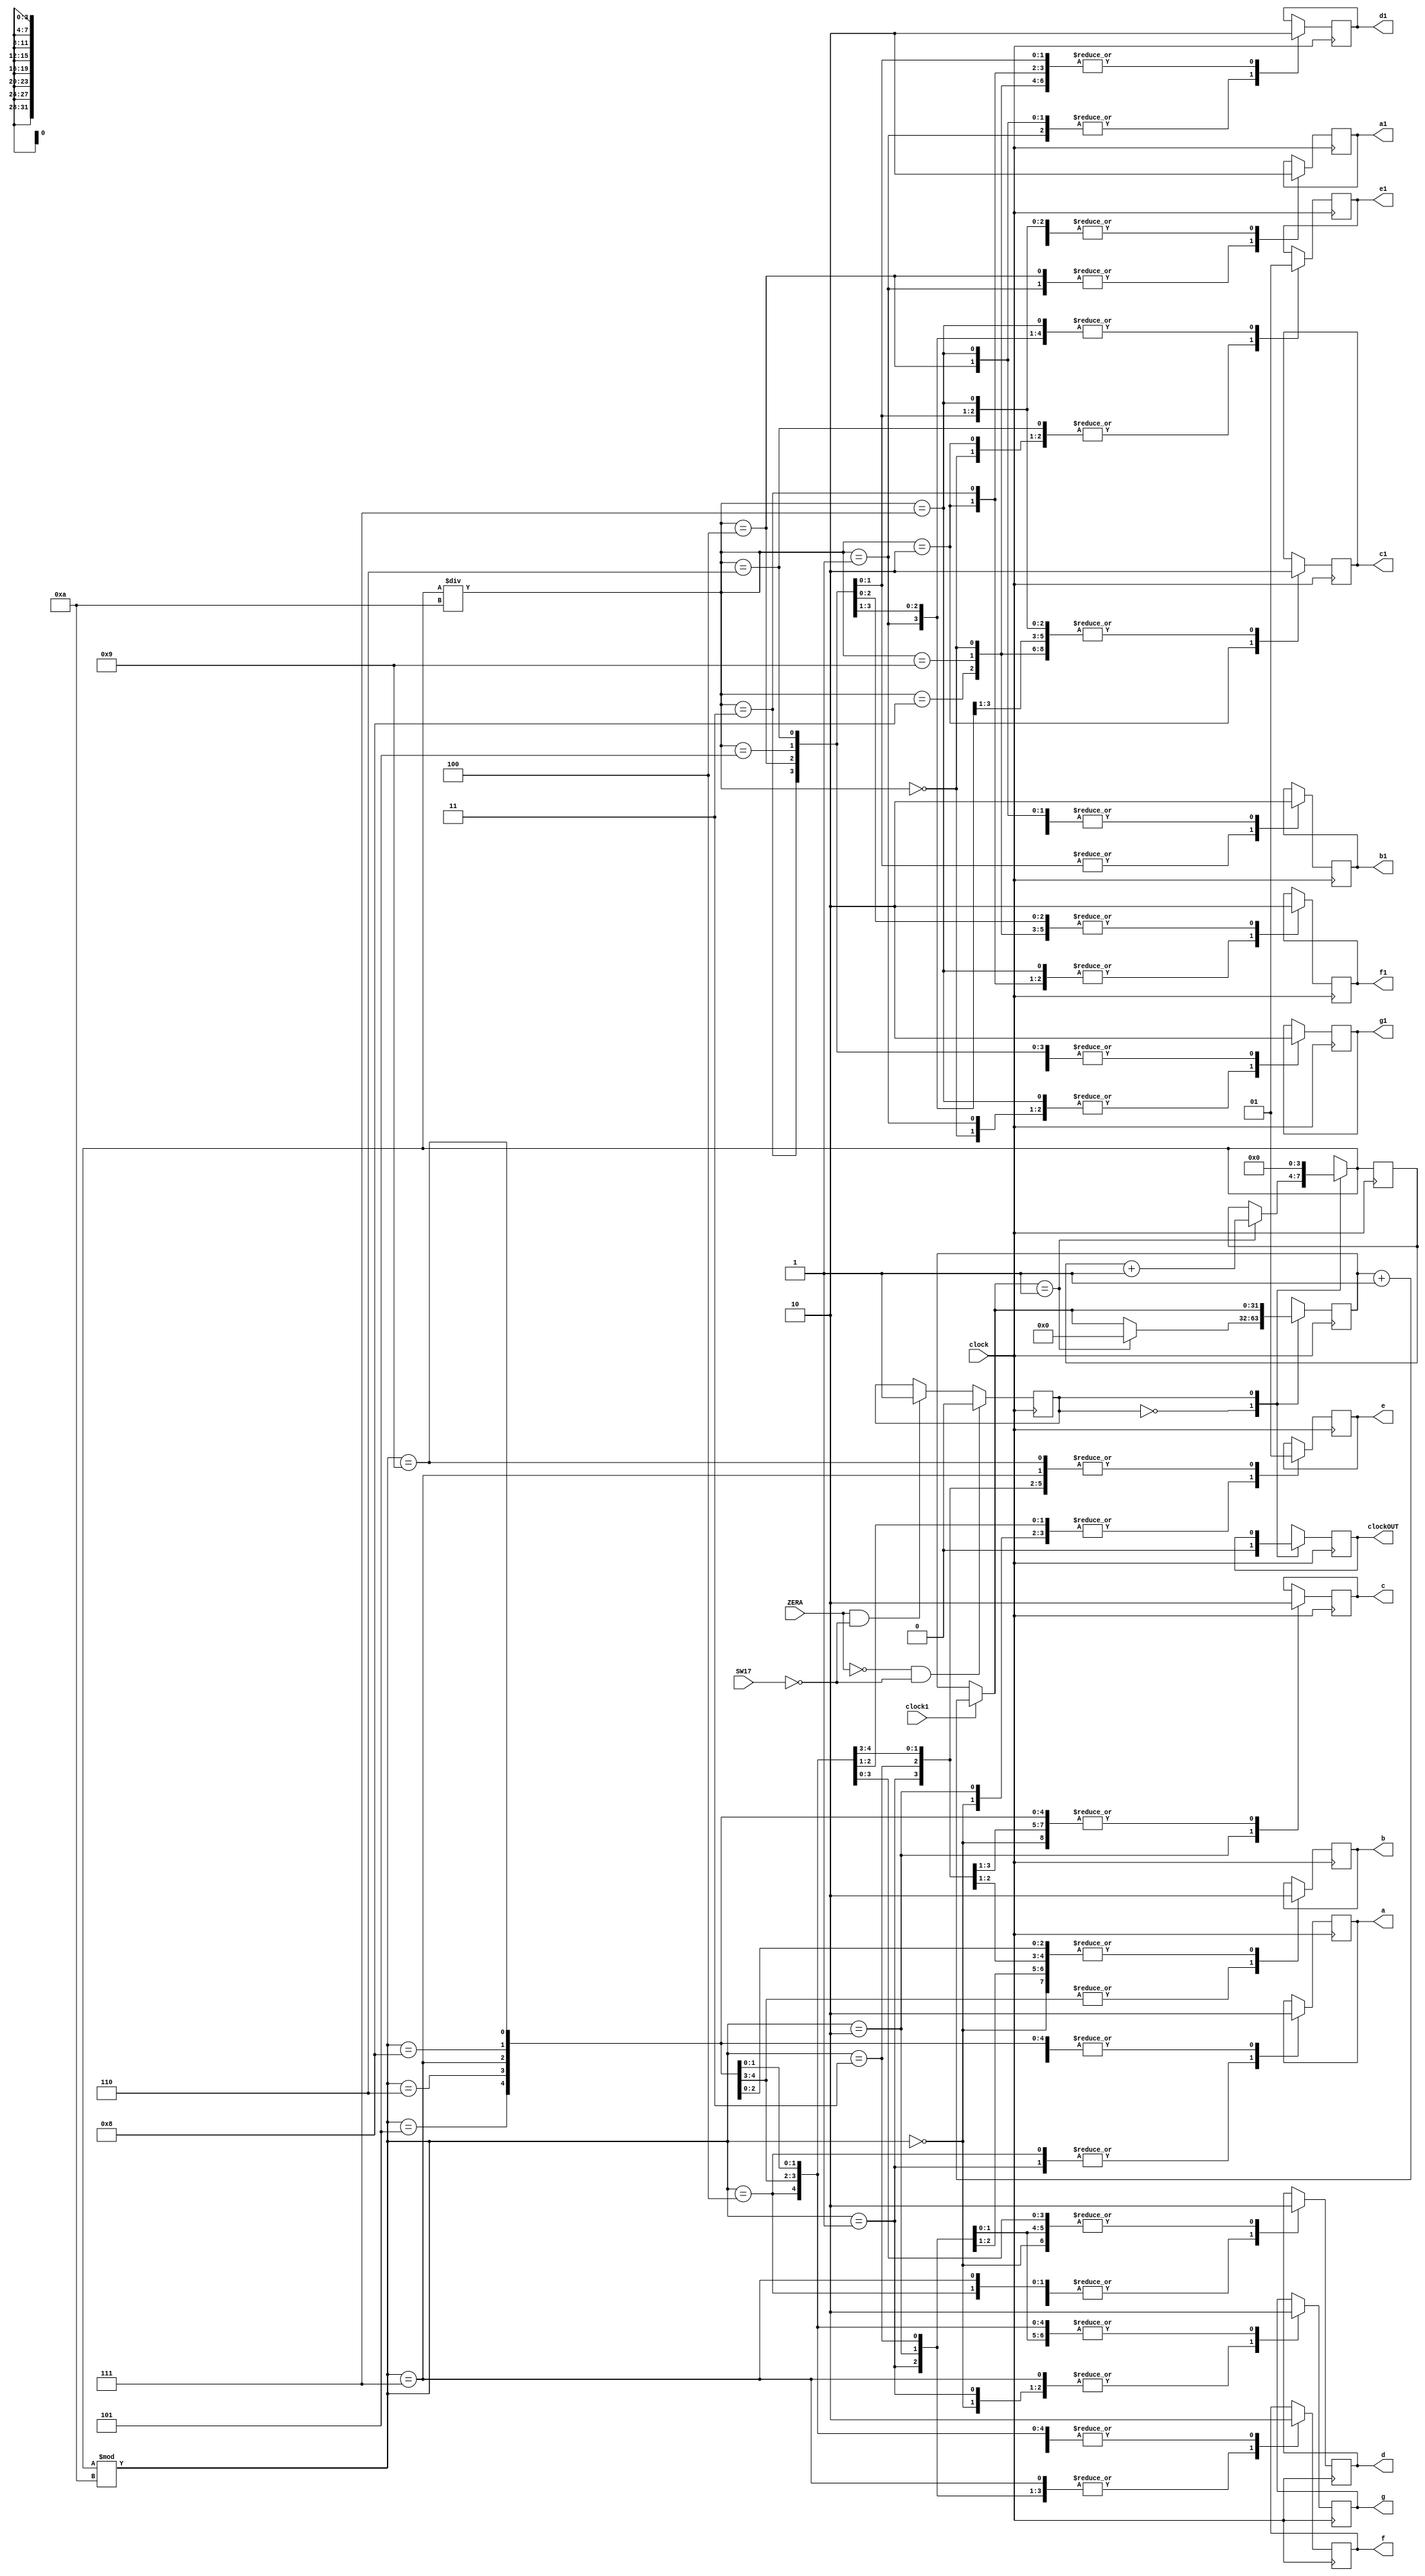
module minutosC(clock1, clock, ZERA, SW17, clockOUT, a, b, c, d, e, f, g, a1, b1, c1, d1, e1, f1, g1);

input ZERA, clock1, clock, SW17;
output reg clockOUT, a, b, c, d, e, f, g, a1, b1, c1, d1, e1, f1, g1;
reg estado;
reg [31:0]count;
reg [3:0]segundo;

initial count = 0;
initial clockOUT = 0;

always @(posedge clock) begin	
	if(ZERA == 0 && SW17==0)
		estado = 0;
	else if(ZERA == 1 && SW17==0)
		estado = 1;	
end
	
always @(posedge clock) begin

	case(clock1)
		1 :	count = count + 1;
	endcase
	
	case(estado)
		0 : begin				
				if(count == 1)begin
					segundo = segundo + 1; 
					count = 0;
					end
				if(segundo == 60)begin
					clockOUT = 1;
					segundo = 0;
					end
				else
					clockOUT = 0;
			end			
		1 : begin
				segundo = 0;
			end					
	endcase		
	
	case(segundo%10)
		0 : begin a <= 0 ; b <= 0 ; c <= 0 ; d <= 0 ; e <= 0 ; f <= 0 ; g <= 1 ;end
		1 : begin a <= 1 ; b <= 0 ; c <= 0 ; d <= 1 ; e <= 1 ; f <= 1 ; g <= 1 ;end
		2 : begin a <= 0 ; b <= 0 ; c <= 1 ; d <= 0 ; e <= 0 ; f <= 1 ; g <= 0 ;end
		3 : begin a <= 0 ; b <= 0 ; c <= 0 ; d <= 0 ; e <= 1 ; f <= 1 ; g <= 0 ;end
		4 : begin a <= 1 ; b <= 0 ; c <= 0 ; d <= 1 ; e <= 1 ; f <= 0 ; g <= 0 ;end
		5 : begin a <= 0 ; b <= 1 ; c <= 0 ; d <= 0 ; e <= 1 ; f <= 0 ; g <= 0 ;end
		6 : begin a <= 0 ; b <= 1 ; c <= 0 ; d <= 0 ; e <= 0 ; f <= 0 ; g <= 0 ;end
		7 : begin a <= 0 ; b <= 0 ; c <= 0 ; d <= 1 ; e <= 1 ; f <= 1 ; g <= 1 ;end
		8 : begin a <= 0 ; b <= 0 ; c <= 0 ; d <= 0 ; e <= 0 ; f <= 0 ; g <= 0 ;end
		9 :	begin a <= 0 ; b <= 0 ; c <= 0 ; d <= 0 ; e <= 1 ; f <= 0 ; g <= 0 ;end
	endcase
		
	case(segundo/10)
		0 : begin a1 <= 0 ; b1 <= 0 ; c1 <= 0 ; d1 <= 0 ; e1 <= 0 ; f1 <= 0 ; g1 <= 1 ;end
		1 : begin a1 <= 1 ; b1 <= 0 ; c1 <= 0 ; d1 <= 1 ; e1 <= 1 ; f1 <= 1 ; g1 <= 1 ;end
		2 : begin a1 <= 0 ; b1 <= 0 ; c1 <= 1 ; d1 <= 0 ; e1 <= 0 ; f1 <= 1 ; g1 <= 0 ;end
		3 : begin a1 <= 0 ; b1 <= 0 ; c1 <= 0 ; d1 <= 0 ; e1 <= 1 ; f1 <= 1 ; g1 <= 0 ;end
		4 : begin a1 <= 1 ; b1 <= 0 ; c1 <= 0 ; d1 <= 1 ; e1 <= 1 ; f1 <= 0 ; g1 <= 0 ;end
		5 : begin a1 <= 0 ; b1 <= 1 ; c1 <= 0 ; d1 <= 0 ; e1 <= 1 ; f1 <= 0 ; g1 <= 0 ;end
		6 : begin a1 <= 0 ; b1 <= 1 ; c1 <= 0 ; d1 <= 0 ; e1 <= 0 ; f1 <= 0 ; g1 <= 0 ;end
		7 : begin a1 <= 0 ; b1 <= 0 ; c1 <= 0 ; d1 <= 1 ; e1 <= 1 ; f1 <= 1 ; g1 <= 1 ;end
		8 : begin a1 <= 0 ; b1 <= 0 ; c1 <= 0 ; d1 <= 0 ; e1 <= 0 ; f1 <= 0 ; g1 <= 0 ;end
		9 :	begin a1 <= 0 ; b1 <= 0 ; c1 <= 0 ; d1 <= 0 ; e1 <= 1 ; f1 <= 0 ; g1 <= 0 ;end
	endcase
end
endmodule